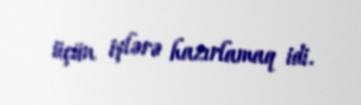
üçün işlərə hazırlamaq idi.